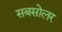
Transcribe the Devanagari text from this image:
सबसोलर